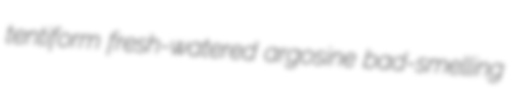
tentiform fresh-watered argosine bad-smelling